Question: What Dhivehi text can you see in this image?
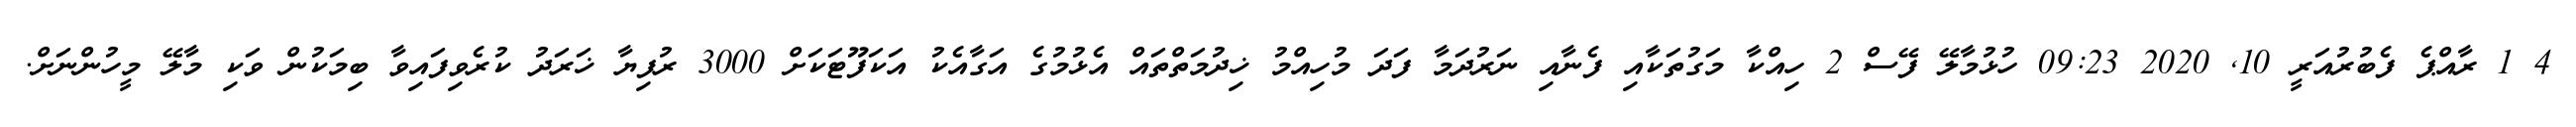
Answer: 4 1 ރާއްޕެ ފެބުރުއަރީ 10, 2020 09:23 ހުޅުމާލޭ ފޭސް 2 ހިއްކާ މަގުތަކާއި ފެނާއި ނަރުދަމާ ފަދަ މުހިއްމު ޚިދުމަތްތައް އެޅުމުގެ އަގާއެކު އަކަފޫޓަކަށް 3000 ރުފިޔާ ޚަރަދު ކުރެވިފައިވާ ބިމަކުން ވަކި މާލޭ މީހުންނަށް.